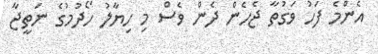
އެންމެ ފަހު ވަގުތާ ޖެހެން ދެން ވެސް މި ހިޔާލު ހޯދުމުގެ ނަތީޖާ